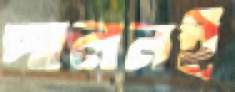
পালনই